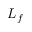
L _ { f }